DOW-UAP-D44, Range Fouler Reporting Form, Gulf of Aden, October 2020
Agency: Department of War
Incident date: 10/15/20
Incident location: Arabian Sea
Page 1
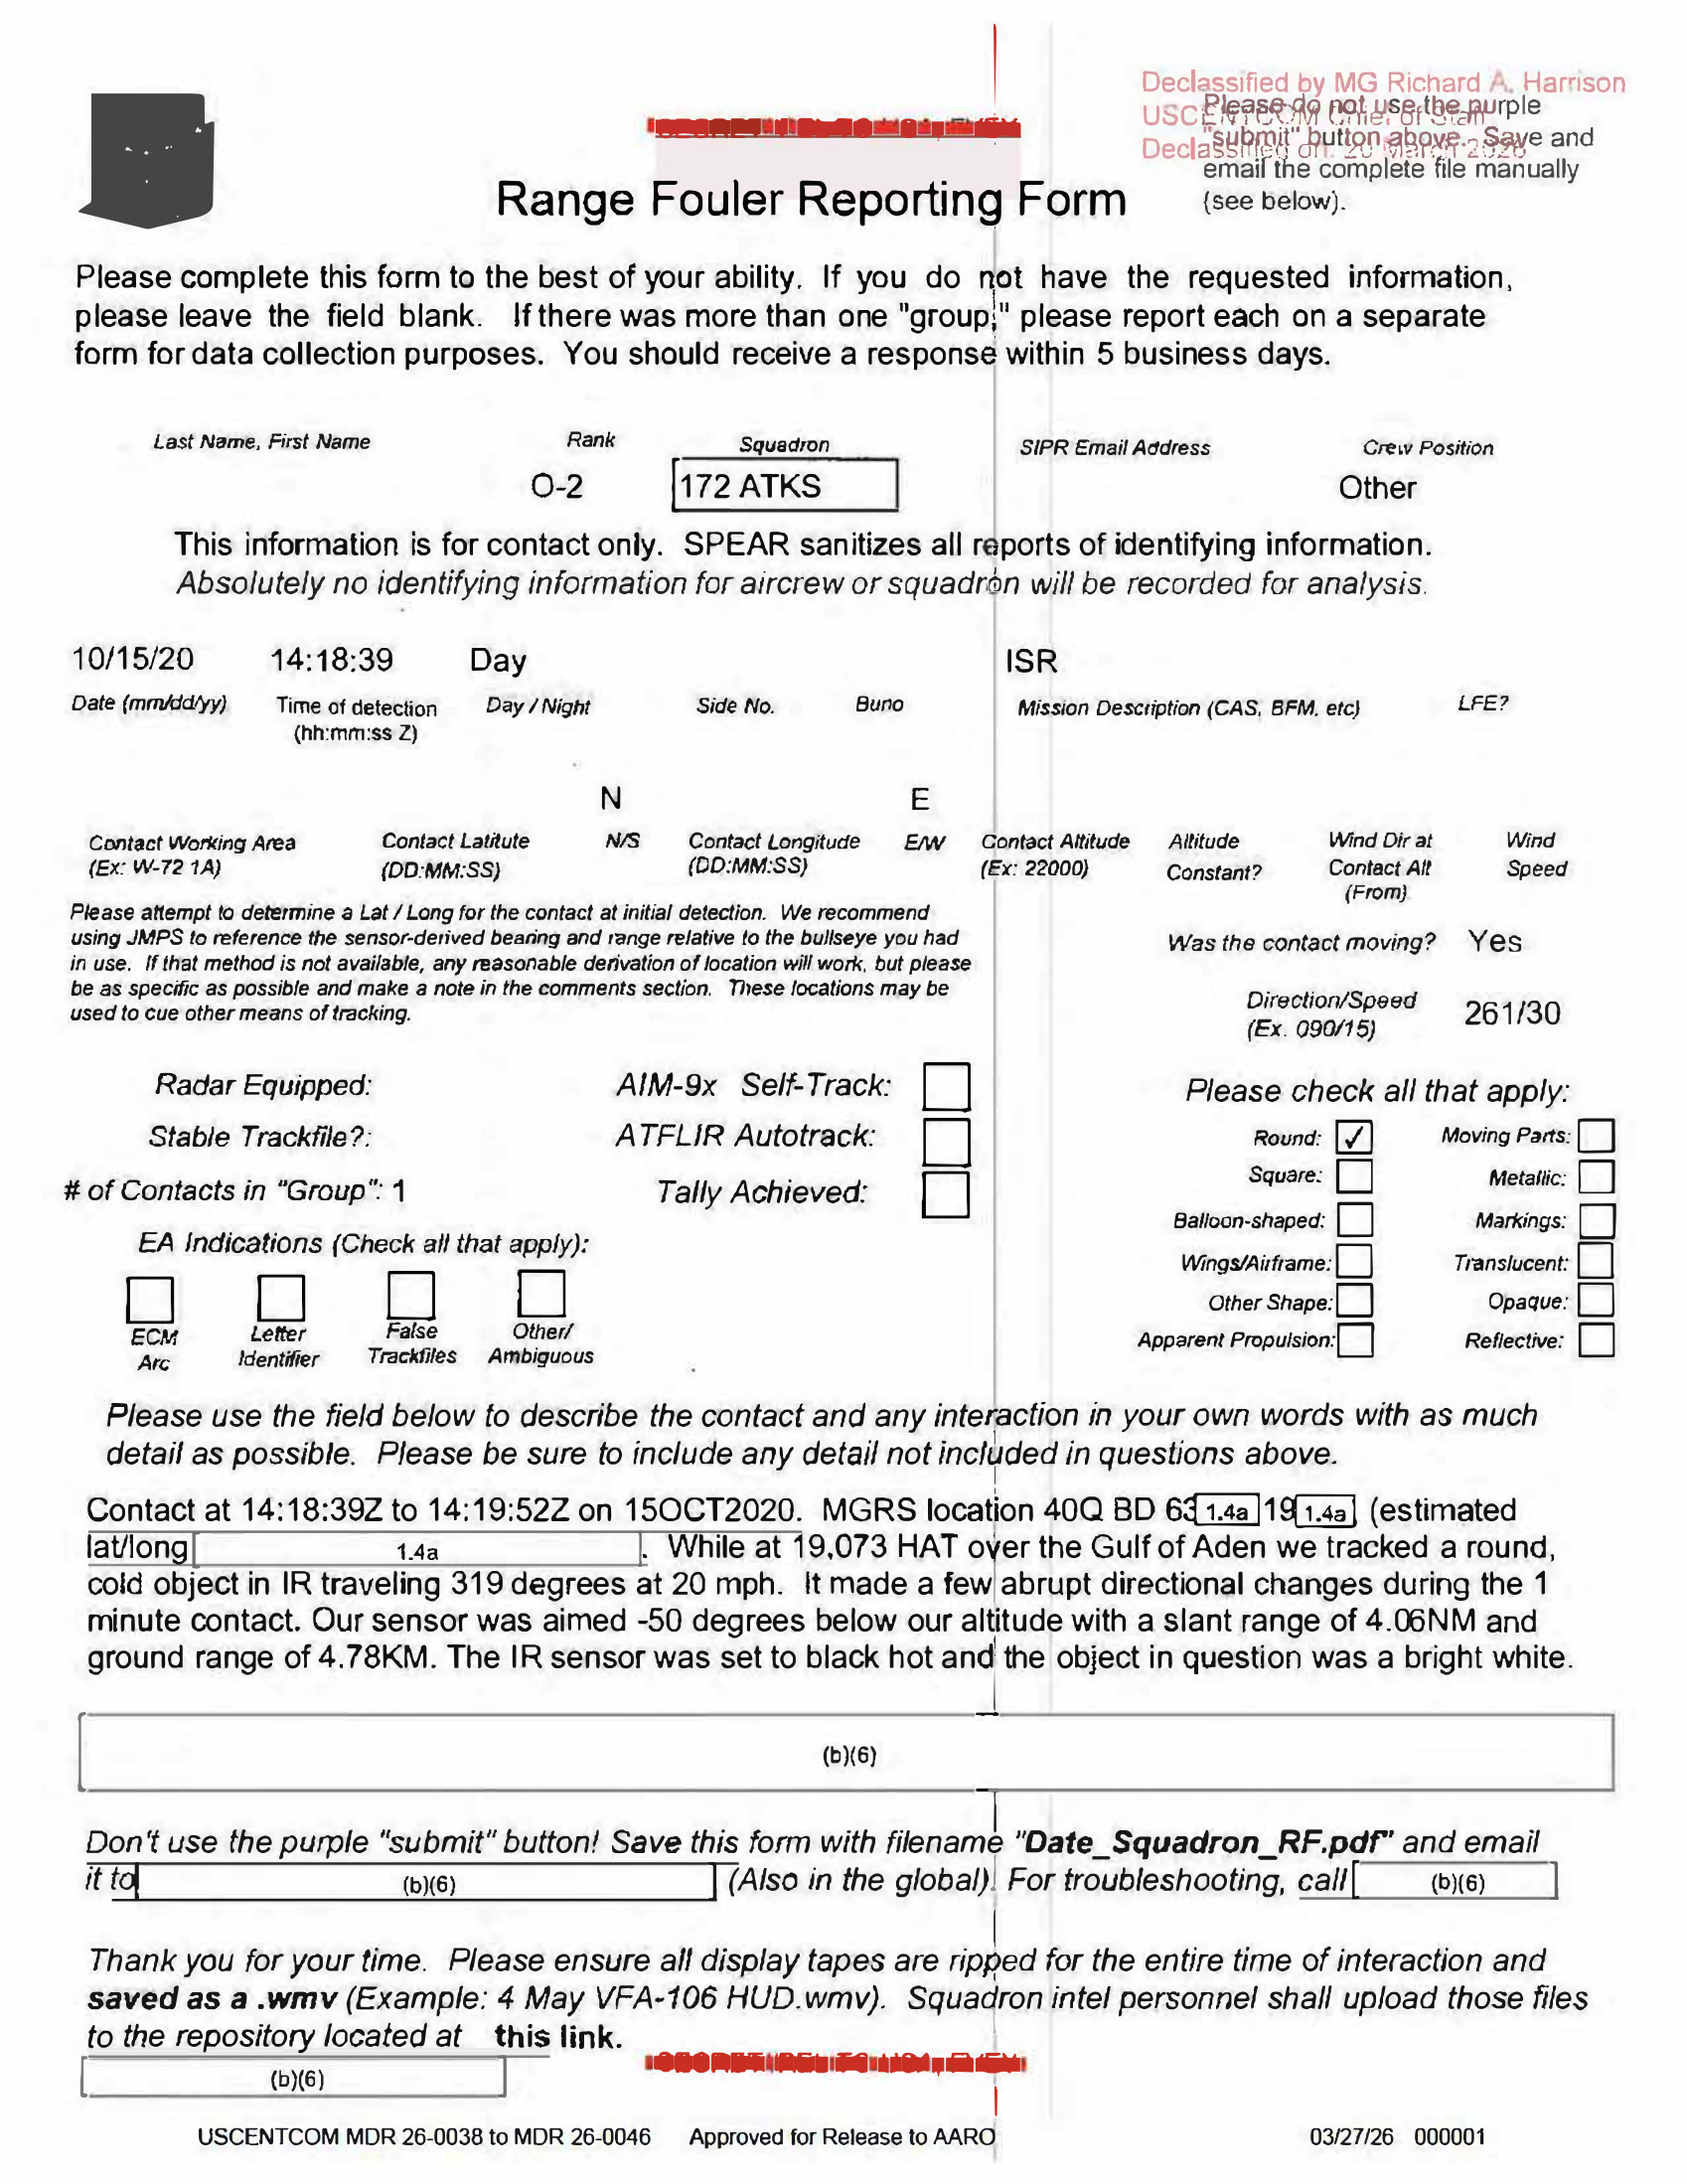